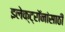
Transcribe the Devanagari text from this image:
इलेक्ट्रॉनांसाठी